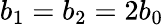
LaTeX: b_{1}=b_{2}=2b_{0}